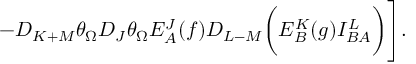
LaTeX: - D _ { K + M } \theta _ { \Omega } D _ { J } \theta _ { \Omega } E _ { A } ^ { J } ( f ) D _ { L - M } \biggl ( E _ { B } ^ { K } ( g ) I _ { B A } ^ { L } \biggr ) \Biggr ] .